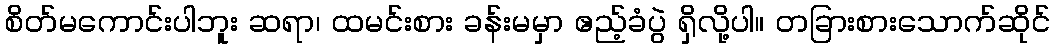
စိတ်မကောင်းပါဘူး ဆရာ၊ ထမင်းစား ခန်းမမှာ ဧည့်ခံပွဲ ရှိလို့ပါ။ တခြားစားသောက်ဆိုင်